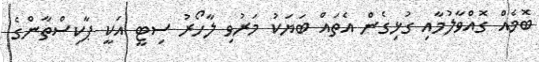
ބޮމެއް ގޮއްވާލުމާއި ގުޅިގެން އެތައް ބަޔަކު މަރުވި ލާހޯރު ސިޓީ އަކީ ޕާކިސްތާންގެ